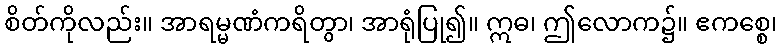
စိတ်ကိုလည်း။ အာရမ္မဏံကရိတွာ၊ အာရုံပြု၍။ ဣဓ၊ ဤလောက၌။ ဧကစ္စေ၊